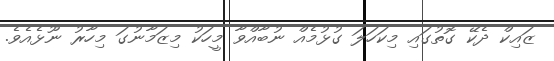
ޒައިކް ދެކޭ ގޮތުގައި މިކަހަލަ ގުޅުމެއް ނުބާއްވާ މީހަކު މިޒަމާނުގަ މިހާރު ނޫޅެއެވެ.